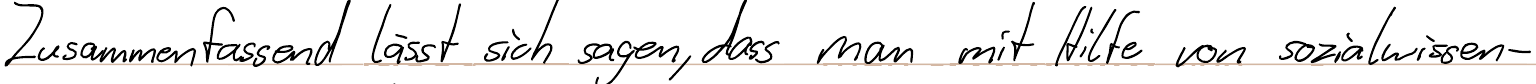
Zusammenfassend lässt sich sagen, dass man mit Hilfe von sozialwissen-